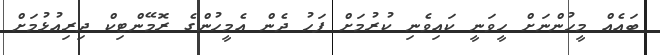
ބައެއް މީހުންނަށް ހީވަނީ ކައިވެނި ކުރުމަށް ފަހު ދެން އެމީހުންގެ ރޮމޭންޓިކް ދިރިއުޅުމަށް